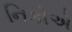
નિકોએ